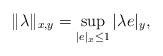
\begin{align*}\lVert\lambda\rVert_{x,y} = \sup_{\lvert e\rvert_x\leq 1}{}\lvert\lambda e\rvert_y,\end{align*}